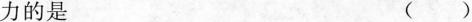
力的是 （）